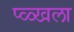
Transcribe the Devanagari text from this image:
प्ळ्खला